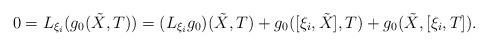
LaTeX: \begin{align*}0 = L_{\xi_i}(g_0(\tilde{X}, T)) = (L_{\xi_i}g_0)(\tilde{X}, T) + g_0([\xi_i,\tilde{X}],T) + g_0(\tilde{X},[\xi_i,T]).\end{align*}